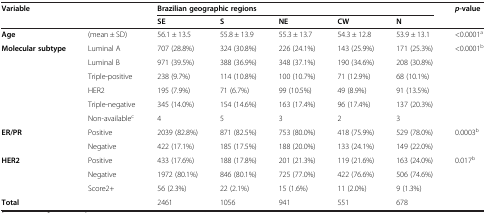
<table><thead><tr><td><b>Variable</b></td><td><b> </b></td><td colspan="5"><b>Brazilian geographic regions</b></td><td><b><i>p</i>-value</b></td></tr><tr><td><b> </b></td><td><b> </b></td><td><b>SE</b></td><td><b>S</b></td><td><b>NE</b></td><td><b>CW</b></td><td><b>N</b></td><td><b> </b></td></tr></thead><tbody><tr><td><b>Age</b></td><td>(mean ± SD)</td><td>56.1 ± 13.5</td><td>55.8 ± 13.9</td><td>55.3 ± 13.7</td><td>54.3 ± 12.8</td><td>53.9 ± 13.1</td><td>&lt;0.0001<sup>a</sup></td></tr><tr><td><b>Molecular subtype</b></td><td>Luminal A</td><td>707 (28.8%)</td><td>324 (30.8%)</td><td>226 (24.1%)</td><td>143 (25.9%)</td><td>171 (25.3%)</td><td>&lt;0.0001<sup>b</sup></td></tr><tr><td> </td><td>Luminal B</td><td>971 (39.5%)</td><td>388 (36.9%)</td><td>348 (37.1%)</td><td>190 (34.6%)</td><td>208 (30.8%)</td><td> </td></tr><tr><td> </td><td>Triple-positive</td><td>238 (9.7%)</td><td>114 (10.8%)</td><td>100 (10.7%)</td><td>71 (12.9%)</td><td>68 (10.1%)</td><td> </td></tr><tr><td> </td><td>HER2</td><td>195 (7.9%)</td><td>71 (6.7%)</td><td>99 (10.5%)</td><td>49 (8.9%)</td><td>91 (13.5%)</td><td> </td></tr><tr><td> </td><td>Triple-negative</td><td>345 (14.0%)</td><td>154 (14.6%)</td><td>163 (17.4%)</td><td>96 (17.4%)</td><td>137 (20.3%)</td><td> </td></tr><tr><td> </td><td>Non-available<sup>c</sup></td><td>4</td><td>5</td><td>3</td><td>2</td><td>3</td><td> </td></tr><tr><td><b>ER/PR</b></td><td>Positive</td><td>2039 (82.8%)</td><td>871 (82.5%)</td><td>753 (80.0%)</td><td>418 (75.9%)</td><td>529 (78.0%)</td><td>0.0003<sup>b</sup></td></tr><tr><td> </td><td>Negative</td><td>422 (17.1%)</td><td>185 (17.5%)</td><td>188 (20.0%)</td><td>133 (24.1%)</td><td>149 (22.0%)</td><td> </td></tr><tr><td><b>HER2</b></td><td>Positive</td><td>433 (17.6%)</td><td>188 (17.8%)</td><td>201 (21.3%)</td><td>119 (21.6%)</td><td>163 (24.0%)</td><td>0.017<sup>b</sup></td></tr><tr><td> </td><td>Negative</td><td>1972 (80.1%)</td><td>846 (80.1%)</td><td>725 (77.0%)</td><td>422 (76.6%)</td><td>506 (74.6%)</td><td> </td></tr><tr><td> </td><td>Score2+</td><td>56 (2.3%)</td><td>22 (2.1%)</td><td>15 (1.6%)</td><td>11 (2.0%)</td><td>9 (1.3%)</td><td> </td></tr><tr><td><b>Total</b></td><td> </td><td>2461</td><td>1056</td><td>941</td><td>551</td><td>678</td><td> </td></tr></tbody></table>